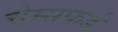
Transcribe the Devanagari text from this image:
चेम्सफर्ड